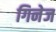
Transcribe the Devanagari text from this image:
गिनेज